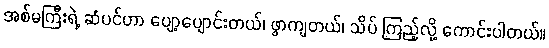
အစ်မကြီးရဲ့ ဆံပင်ဟာ ပျော့ပျောင်းတယ်၊ ဖွာကျတယ်၊ သိပ် ကြည့်လို့ ကောင်းပါတယ်။